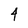
Character: 4